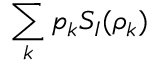
\sum _ { k } p _ { k } S _ { I } ( \rho _ { k } )